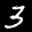
Label: 3